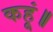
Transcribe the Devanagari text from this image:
कहूं॥